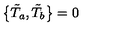
\bigl \{ \tilde { T } _ { a } , \tilde { T } _ { b } \bigr \} = 0